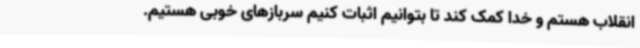
انقلاب هستم و خدا کمک کند تا بتوانیم اثبات کنیم سربازهای خوبی هستیم.